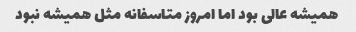
همیشه عالی بود اما امروز متاسفانه مثل همیشه نبود